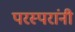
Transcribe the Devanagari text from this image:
परस्परांनी